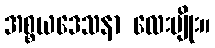
အစ္စယဒေသနာ လေးမျိုး။